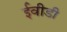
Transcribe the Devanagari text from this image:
ईवीडी